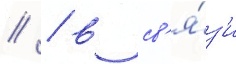
// / в св'я́з'и